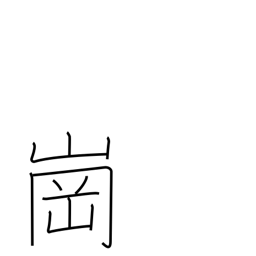
Meaning: hill